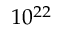
1 0 ^ { 2 2 }